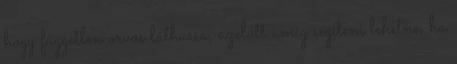
hogy független orvos láthassa, azelőtt amíg segíteni lehetne, ha